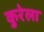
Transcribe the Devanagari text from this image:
कुरेला